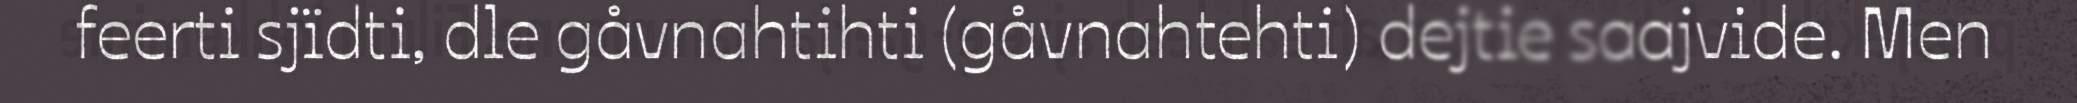
feerti sjïdti, dle gåvnahtihti (gåvnahtehti) dejtie saajvide. Men